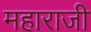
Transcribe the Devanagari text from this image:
महाराजी